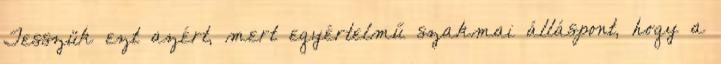
Tesszük ezt azért, mert egyértelmű szakmai álláspont, hogy a